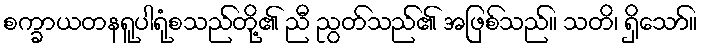
စက္ခာယတနရူပါရုံစသည်တို့၏ ညီ ညွတ်သည်၏ အဖြစ်သည်။ သတိ၊ ရှိသော်။